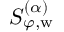
S _ { \varphi , \mathrm { w } } ^ { ( \alpha ) }